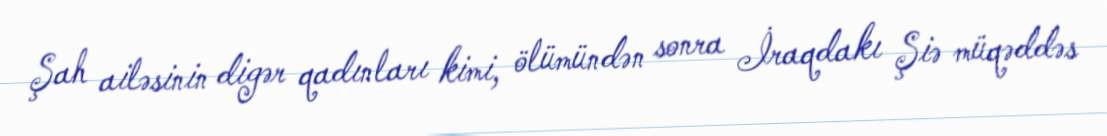
Şah ailəsinin digər qadınları kimi, ölümündən sonra İraqdakı Şiə müqəddəs